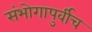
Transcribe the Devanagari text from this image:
संभोगापुर्वीच